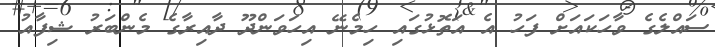
ސައްލެގެ ވާހަކައަށް ފަހު އެ އަތޮޅުގައި ހިމެނޭ އިހަވަންދޫ ދާއިރާގެ މެންބަރު ޝިފާއު